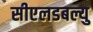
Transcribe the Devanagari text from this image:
सीएलडबल्यु